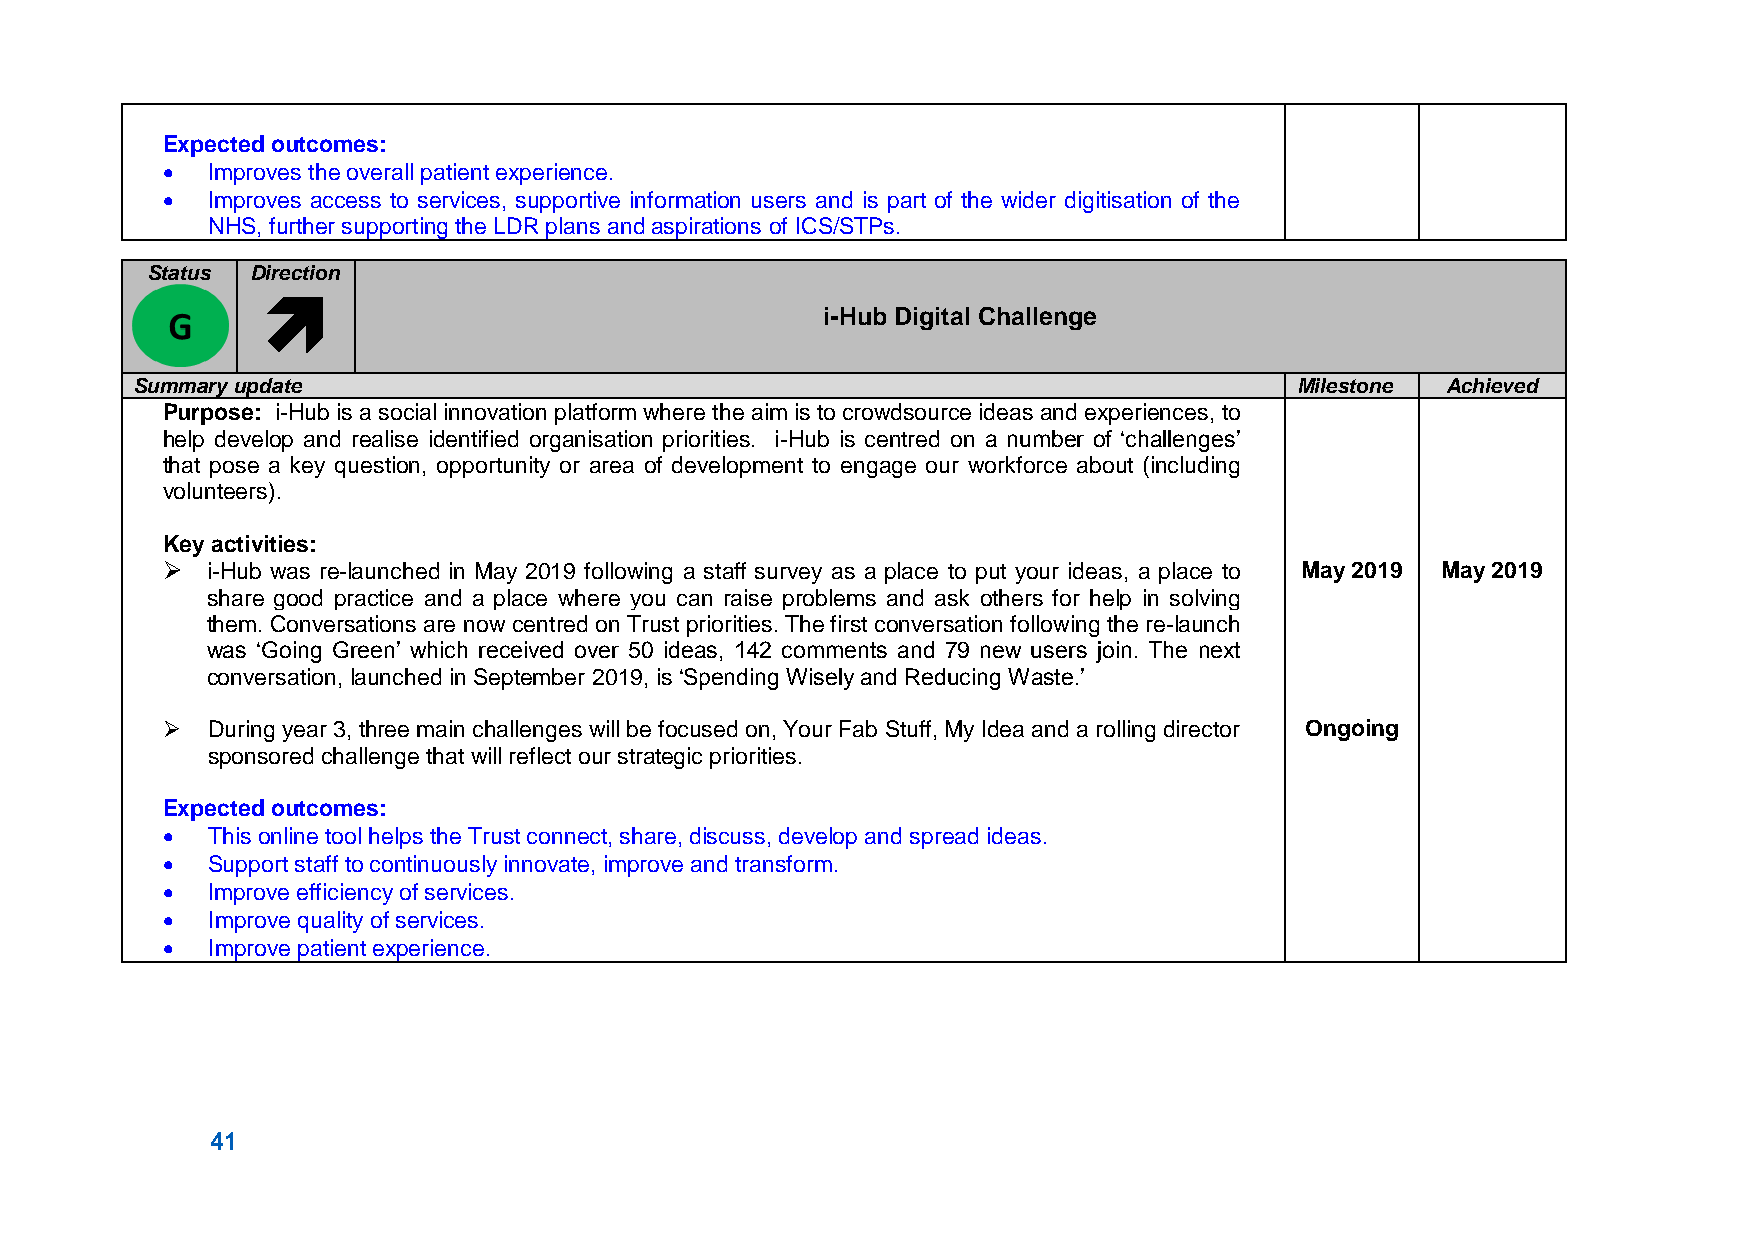
Expected outcomes:
   Improves the overall patient experience.
   Improves access to services, supportive information users and is part of the wider digitisation of the
 NHS, further supporting the LDR plans and aspirations of ICS/STPs.
 Status Direction
 
 i-Hub Digital Challenge
 Summary update                                                               Milestone Achieved
 Purpose: i-Hub is a social innovation platform where the aim is to crowdsource ideas and experiences, to
 help develop and realise identified organisation priorities. i-Hub is centred on a number of ‘challenges’
 that pose a key question, opportunity or area of development to engage our workforce about (including
 volunteers).
 Key activities:
   i-Hub was re-launched in May 2019 following a staff survey as a place to put your ideas, a place to May 2019 May 2019
 share good practice and a place where you can raise problems and ask others for help in solving
 them. Conversations are now centred on Trust priorities. The first conversation following the re-launch
 was ‘Going Green’ which received over 50 ideas, 142 comments and 79 new users join. The next
 conversation, launched in September 2019, is ‘Spending Wisely and Reducing Waste.’
   During year 3, three main challenges will be focused on, Your Fab Stuff, My Idea and a rolling director Ongoing
 sponsored challenge that will reflect our strategic priorities.
 Expected outcomes:
   This online tool helps the Trust connect, share, discuss, develop and spread ideas.
   Support staff to continuously innovate, improve and transform.
   Improve efficiency of services.
   Improve quality of services.
   Improve patient experience.
 41